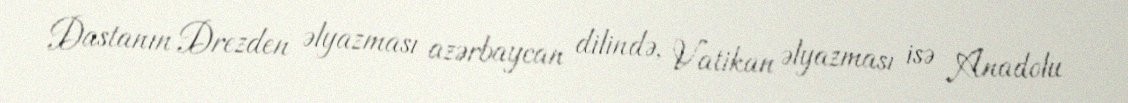
Dastanın Drezden əlyazması azərbaycan dilində, Vatikan əlyazması isə Anadolu